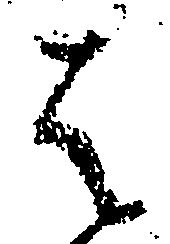
は